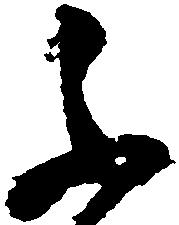
不